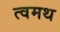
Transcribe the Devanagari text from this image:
त्वमथ